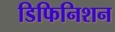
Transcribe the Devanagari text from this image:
डिफिनिशन